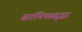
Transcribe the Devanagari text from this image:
सानिध्यसुद्धा